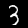
Digit: 3